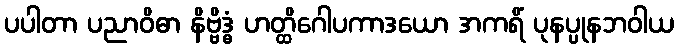
ပပါတာ ပညာဝိဓာ နိဗ္ဗိဒ္ဓံ ဟတ္ထိဂေါပကာဒယော အကရိံ ပုနပ္ပုနဘဝါယ